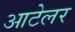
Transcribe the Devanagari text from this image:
आटेलर